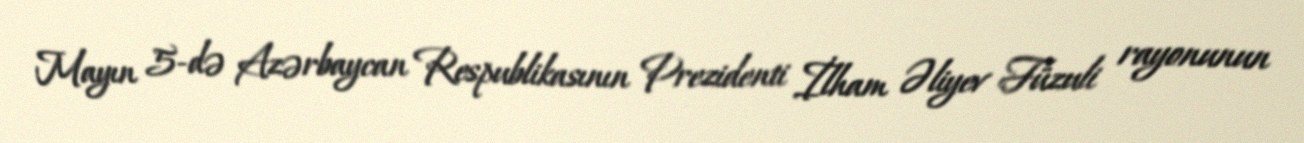
Mayın 5-də Azərbaycan Respublikasının Prezidenti İlham Əliyev Füzuli rayonunun